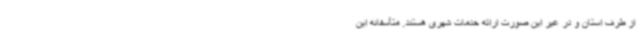
از طرف استان و در غیر این صورت ارائه خدمات شهری هستند. متأسفانه این